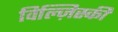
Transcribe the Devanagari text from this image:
विल्ज़िस्की